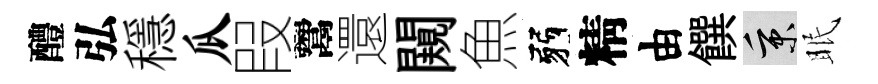
醴弘穩瓜叚鬻還闚魚弱精由饌秉眠